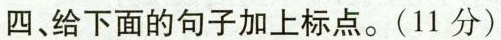
四.给下面的句子加上标点。(11分)